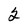
Character: 2